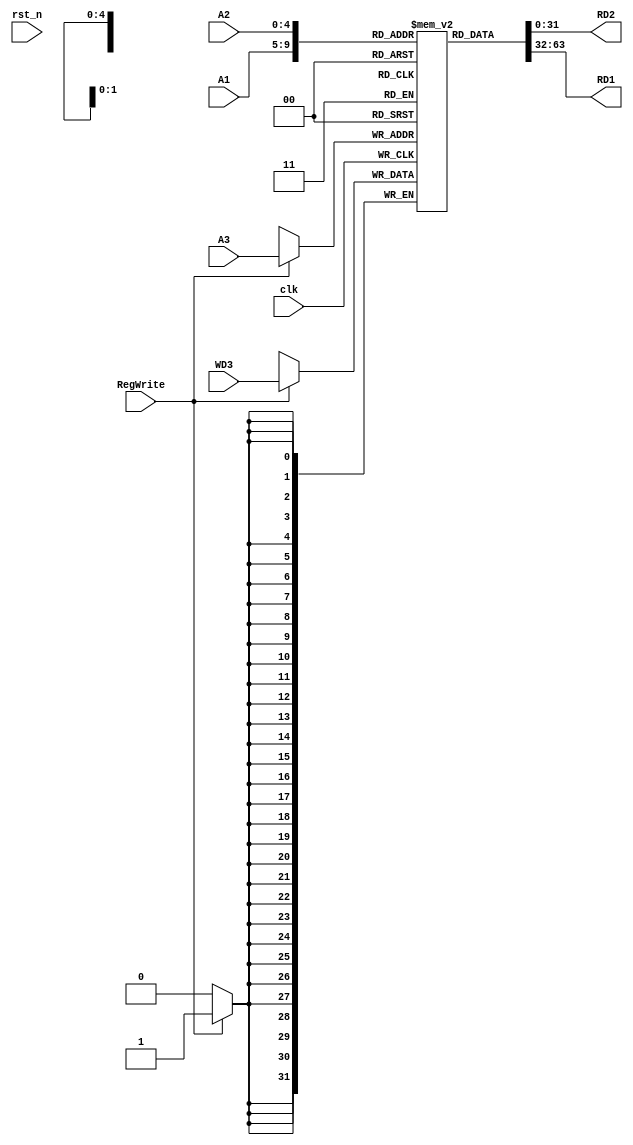
module Reg_File (
    input               clk,
    input               rst_n,
    input       [4:0]   A1,
    input       [4:0]   A2,
    input       [4:0]   A3,

    input               RegWrite,
    input       [31:0]  WD3,
    output      [31:0]  RD2,
    output      [31:0]  RD1

);
    // lw : load word instr [op(6bit) rs(5bit) rd(5bit) imm(16bit)]

    reg [31:0]  ROM [31:0];
    initial begin
        ROM[0] <= 32'b0;
        ROM[1] <= 32'b0;
        ROM[2] <= 32'b0;
        ROM[3] <= 32'b0;
        ROM[4] <= 32'b0;
        ROM[5] <= 32'b0;
        ROM[6] <= 32'b0;
        ROM[7] <= 32'b0;
        ROM[8] <= 32'b0;
        ROM[9] <= 32'b0;
        ROM[10] <= 32'b0;
        ROM[11] <= 32'b0;
        ROM[12] <= 32'b0;
        ROM[13] <= 32'b0;
        ROM[14] <= 32'b0;
        ROM[15] <= 32'b0;
    end


    assign RD1 = ROM[A1];
    assign RD2 = ROM[A2];
    // RegWrite is set to 1 when lw Instr is executed
    always @(negedge clk) begin
        if (RegWrite) begin
            // load word
            ROM[A3] <= WD3;
        end
    end
endmodule